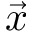
\vec { x }